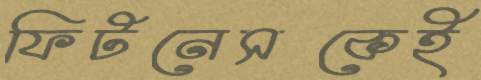
ফিটনেসকেই